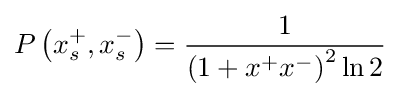
P\left(x_{s}^{+},x_{s}^{-}\right)={\frac {1}{\left(1+x^{+}x^{-}\right)^{2}\ln 2}}